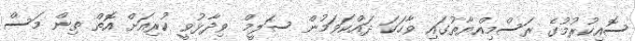
ސޮއިކުރުމުގެ ރަސްމިއްޔާތުގައި ވާހަކަ ދައްކަވަމުން ސަލީމް ވިދާޅުވީ ކުރިއަށް އޮތް ތިން މަސް